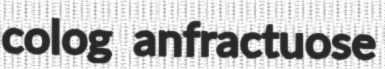
colog anfractuose